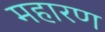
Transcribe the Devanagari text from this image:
महारण